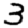
Digit: 3